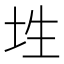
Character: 𡊳